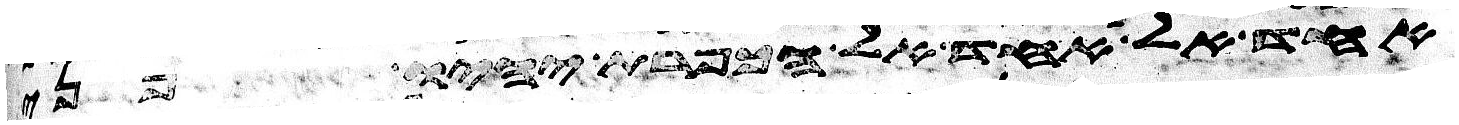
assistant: אחד אל אחד אל הכפרת יהיו פני